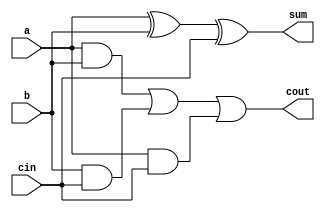
// design: describes the behaviour of system
// methodology: gate level modelling
module fulladder1(output sum, cout, input a, b, cin);
  
  xor a1(sum, a, b, cin);
  and a2(w1, a, b);
  and a3(w2, b, cin);
  and a4(w3, a, cin);
  or  a5(cout, w1, w2, w3);
  
endmodule

// testbench: to check if the design codes are correct

module fulladder1_tb();
  
  wire sum;
  wire cout;

  reg a,b;
  reg cin;
  
 fulladder1 m1 (sum, cout, a, b, cin);

 initial begin

	$dumpfile("dump.vcd");
    
    $dumpvars(1);

	    a=0; b=0; cin=0;
    #20 a=0; b=0; cin=1;
    #20 a=0; b=1; cin=0;
    #20 a=0; b=1; cin=1;
    #20 a=1; b=0; cin=0;
    #20 a=1; b=0; cin=1;
    #20 a=1; b=1; cin=0;
    #20 a=1; b=1; cin=1;
    #30 $stop;

 end
endmodule